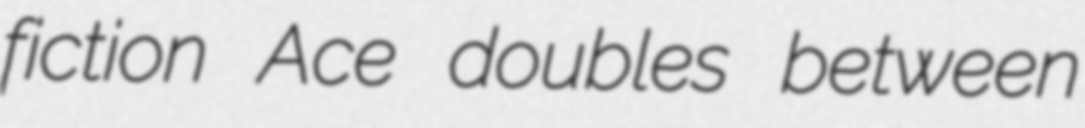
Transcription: fiction Ace doubles between